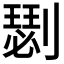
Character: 𠟦